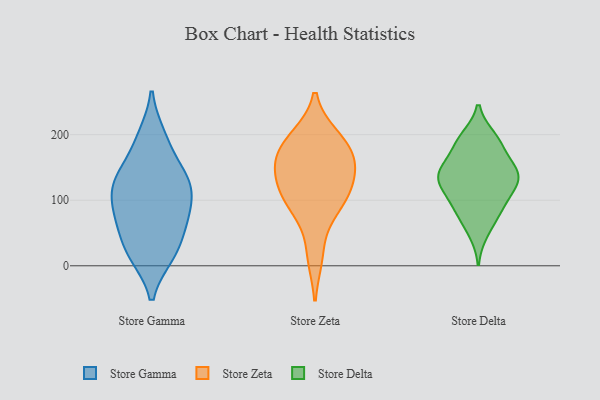
{"axis": {"x": "Demand Index", "y": "Value"}, "legend": ["Store Delta", "Store Gamma", "Store Zeta"], "data": [{"x": "", "y": 142, "type": "Store Gamma"}, {"x": "", "y": 19, "type": "Store Gamma"}, {"x": "", "y": 72, "type": "Store Gamma"}, {"x": "", "y": 124, "type": "Store Gamma"}, {"x": "", "y": 74, "type": "Store Gamma"}, {"x": "", "y": 84, "type": "Store Gamma"}, {"x": "", "y": 51, "type": "Store Gamma"}, {"x": "", "y": 17, "type": "Store Gamma"}, {"x": "", "y": 125, "type": "Store Gamma"}, {"x": "", "y": 19, "type": "Store Gamma"}, {"x": "", "y": 197, "type": "Store Gamma"}, {"x": "", "y": 127, "type": "Store Gamma"}, {"x": "", "y": 190, "type": "Store Gamma"}, {"x": "", "y": 133, "type": "Store Gamma"}, {"x": "", "y": 93, "type": "Store Gamma"}, {"x": "", "y": 121, "type": "Store Zeta"}, {"x": "", "y": 141, "type": "Store Zeta"}, {"x": "", "y": 152, "type": "Store Zeta"}, {"x": "", "y": 111, "type": "Store Zeta"}, {"x": "", "y": 98, "type": "Store Zeta"}, {"x": "", "y": 191, "type": "Store Zeta"}, {"x": "", "y": 15, "type": "Store Zeta"}, {"x": "", "y": 173, "type": "Store Zeta"}, {"x": "", "y": 82, "type": "Store Zeta"}, {"x": "", "y": 196, "type": "Store Zeta"}, {"x": "", "y": 165, "type": "Store Zeta"}, {"x": "", "y": 195, "type": "Store Delta"}, {"x": "", "y": 177, "type": "Store Delta"}, {"x": "", "y": 93, "type": "Store Delta"}, {"x": "", "y": 143, "type": "Store Delta"}, {"x": "", "y": 50, "type": "Store Delta"}, {"x": "", "y": 73, "type": "Store Delta"}, {"x": "", "y": 141, "type": "Store Delta"}, {"x": "", "y": 145, "type": "Store Delta"}, {"x": "", "y": 124, "type": "Store Delta"}, {"x": "", "y": 102, "type": "Store Delta"}, {"x": "", "y": 125, "type": "Store Delta"}, {"x": "", "y": 147, "type": "Store Delta"}, {"x": "", "y": 184, "type": "Store Delta"}, {"x": "", "y": 121, "type": "Store Delta"}, {"x": "", "y": 142, "type": "Store Delta"}, {"x": "", "y": 196, "type": "Store Delta"}, {"x": "", "y": 84, "type": "Store Delta"}]}